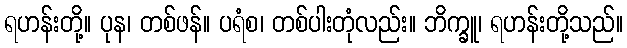
ရဟန်းတို့။ ပုန၊ တစ်ဖန်။ ပရံစ၊ တစ်ပါးတုံလည်း။ ဘိက္ခူ၊ ရဟန်းတို့သည်။